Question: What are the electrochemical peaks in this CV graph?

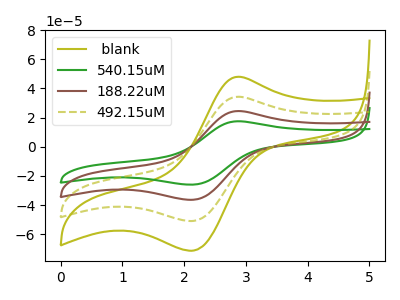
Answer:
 <answer>The olive curve " blank" has an anodic peak at (2.90V, 73.55uA) and a cathodic peak at (2.15V, -109.10uA). The green curve "540.15uM" has an anodic peak at (2.90V, 17.50uA) and a cathodic peak at (2.15V, -25.95uA). The brown curve "188.22uM" has an anodic peak at (2.90V, 24.50uA) and a cathodic peak at (2.15V, -36.35uA). The olive dashed curve "492.15uM" has an anodic peak at (2.90V, 49.05uA) and a cathodic peak at (2.15V, -72.70uA).</answer>
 <eval></eval>